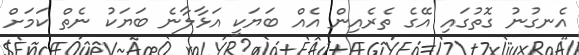
އެނގުނު ގޮތުގައި އޭގެ ތެރެއިން އެއް ބަޔަކީ އަޅާލާނެ ބަޔަކު ނެތް ކަމަށް